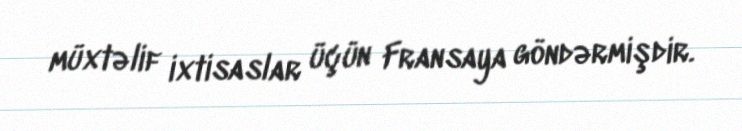
müxtəlif ixtisaslar üçün Fransaya göndərmişdir.